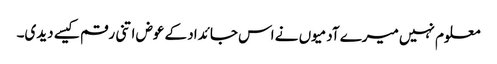
معلوم نہیں میرے آدمیوں نے اس جائداد کے عوض اتنی رقم کیسے دیدی۔